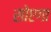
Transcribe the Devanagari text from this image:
सोएगा